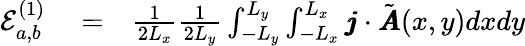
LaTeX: \begin{array}{rlr}{\mathcal{E}_{a,b}^{(1)}}&{{}=}&{\frac{1}{2L_{x}}\frac{1}{2L_{y}}\int_{-L_{y}}^{L_{y}}\int_{-L_{x}}^{L_{x}}\pmb{j}\cdot\tilde{\pmb{A}}(x,y)dxdy}\end{array}